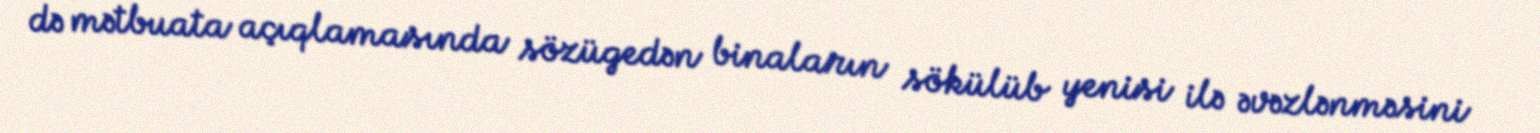
də mətbuata açıqlamasında sözügedən binaların sökülüb yenisi ilə əvəzlənməsini